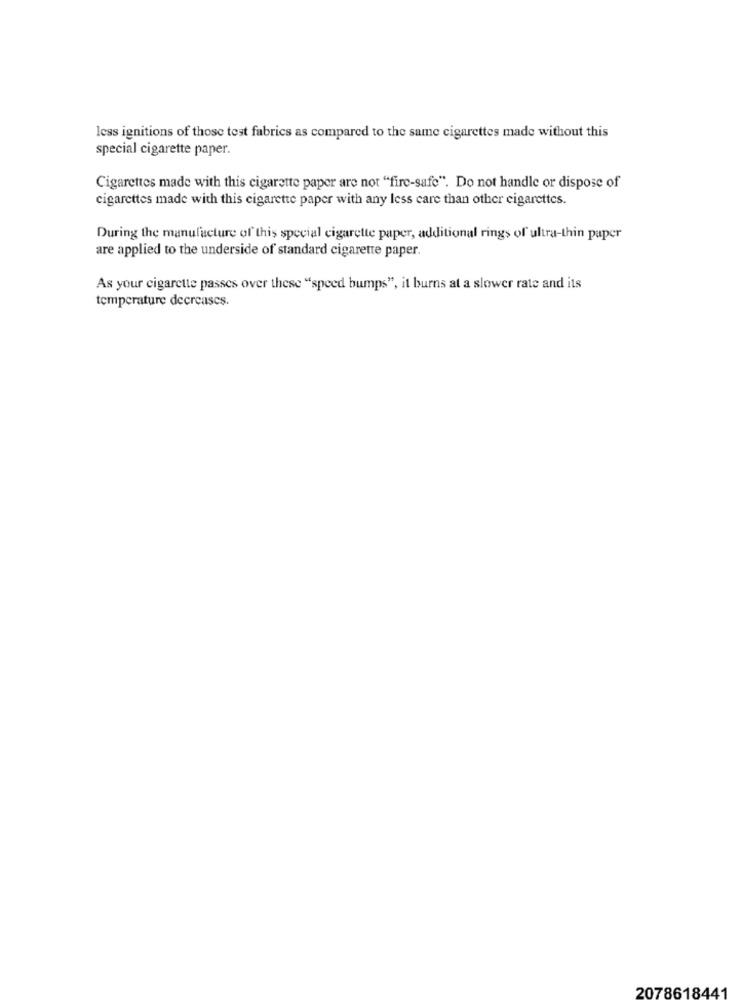
less ignitions of those test fabrics as compared to the same cigarettes made without this
special cigarette paper.
Cigarettes made with this cigarette paper are not "fire-safe". Do not handle or dispose of
cigarettes made with this cigarette paper with any less care than other cigarettes.
During the manufacture of this special cigarette paper, additional rings of ultra-thin paper
are applied to the underside of standard cigarette paper.
As your cigarette passes over these "speed bumps", it burns at a slower rate and its
temperature decreases.
2078618441